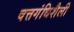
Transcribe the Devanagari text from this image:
वत्तगंधिशैली